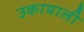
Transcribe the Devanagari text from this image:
उकायाली